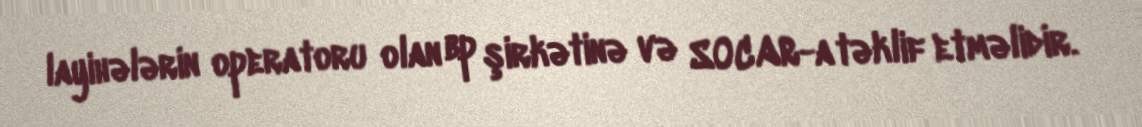
layihələrin operatoru olan bp şirkətinə və SOCAR-a təklif etməlidir.